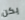
يكن